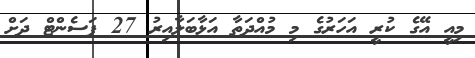
މިއީ އޭގެ ކުރީ އަހަރުގެ މި މުއްދަތާ އަޅާބަލާއިރު 27 ޕަސެންޓް ދަށް